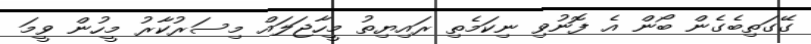
ގޭގަތިބެގެން ބޯން އެ ފޮނުވި ނިކަމެތި ރަަައިޔިތު މީހާޖަލައް މިސަރުކާރު މީހުން ވީމަ